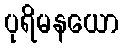
ပုရိမနယော